Report of the Hyderabad Chloroform Commission
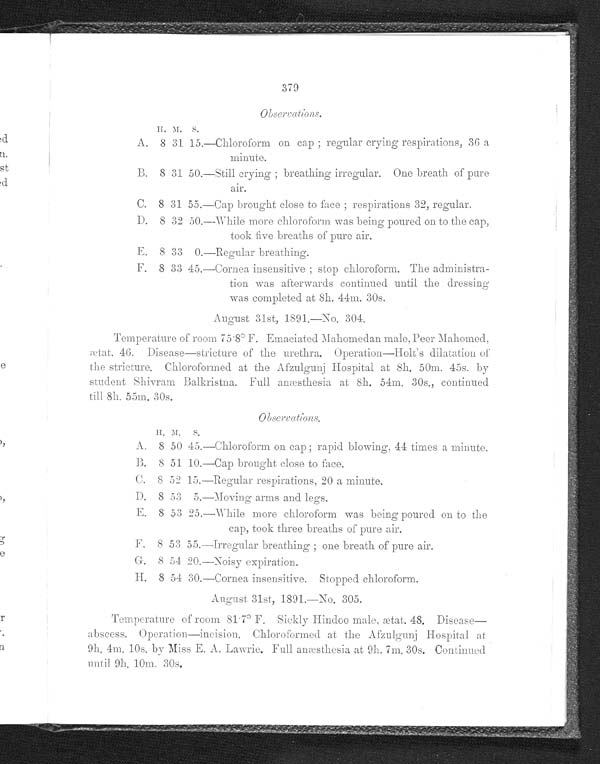
379
Observations.
H . M . S .
A. 8 31 15.—Chloroform on cap ; regular crying respirations, 36 a
minute.
B. 8 31 50.—Still crying ; breathing irregular. One breath of pure air.
C. 8 31 55.—Cap brought close to face ; respirations 32, regular.
D. 8 32 50.—While more chloroform was being poured on to the cap,
took five breaths of pure air.
E. 8 33 0.—Regular breathing.
F. 8 33 45.—Cornea insensitive ; stop chloroform. The administra
- t i o n w a s a f t e r w a r d s c o n t i n u e d u n t i l t h e d r e s s i n g
was completed at 8h. 44m. 30s.
August 31st, 1891.—No. 304.
Temperature of room 75.8° F. Emaciated Mahomedan male. Peer Mahomed.
ætat. 46. Disease-stricture of the urethra. Operation—Holt's dilatation
of the stricture. Chloroformed at the A fzulgunj Hospital at 8h. 50m. 45s. by
student Shivram Balkristna. Full anæsthesia at 8h. 54m. 30s., continued
till 8h. 55m. 30s.
Obsercations.
H .
M . S .
A. 8 50 45.—Chloroform on cap ; rapid blowing. 44 times a minute.
B. 8 51 10.—Cap brought close to face.
C. 8 52 15.—Regular respirations, 20 a minute.
D. 8 53 5.—Moving arms and legs.
E. 8 53 25.—While more chloroform was being poured on to the
cap, took three breaths of pure air.
F. 8 53 55.—Irregular breathing ; one breath of pure air.
G. 8 54 20.—Noisy expiration.
H. 8 54 30.—Cornea insensitive. Stopped chloroform.
August 31st, 1891.—N0. 305.
Temperature of room 81 . 7° F. Sickly Hindoo male, ætat. 48. Disease
—abscess. Operation—incision. Chloroformed at the Afzulgunj Hospital at
9h. 4m. 10s. by Miss E. A. Lawrie. Full anæsthesia at 9h. 7m. 30s. Continued
until 9h. 10m. 30s.